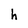
Character: h